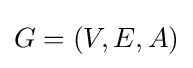
G=(V,E,A)